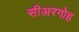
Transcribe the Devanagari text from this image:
सीअरगोह